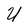
Character: U